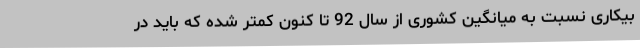
بیکاری نسبت به میانگین کشوری از سال 92 تا کنون کمتر شده که باید در